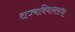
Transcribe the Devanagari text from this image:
राज्यविधानसभा